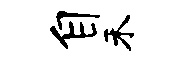
自禾